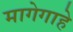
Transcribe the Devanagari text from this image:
मागेगाहे